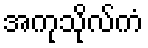
အကုသိုလ်ကံ